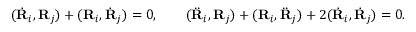
\begin{array} { r } { ( \dot { \bf R } _ { i } , { \bf R } _ { j } ) + ( { \bf R } _ { i } , \dot { \bf R } _ { j } ) = 0 , \qquad ( \ddot { \bf R } _ { i } , { \bf R } _ { j } ) + ( { \bf R } _ { i } , \ddot { \bf R } _ { j } ) + 2 ( \dot { \bf R } _ { i } , \dot { \bf R } _ { j } ) = 0 . } \end{array}